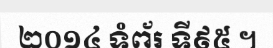
២០១៤ ទំព័រ ទី៩៥ ។